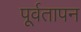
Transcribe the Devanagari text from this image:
पूर्वतापन